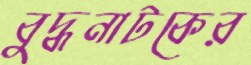
বুদ্ধনাটকের